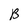
Character: B